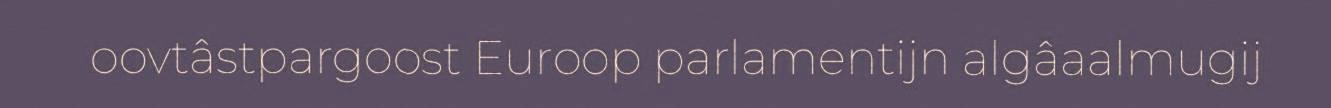
oovtâstpargoost Euroop parlamentijn algâaalmugij